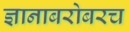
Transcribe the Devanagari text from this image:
ज्ञानाबरोबरच